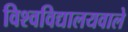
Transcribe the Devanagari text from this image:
विश्वविद्यालयवाले